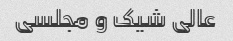
عالی شیک و مجلسی